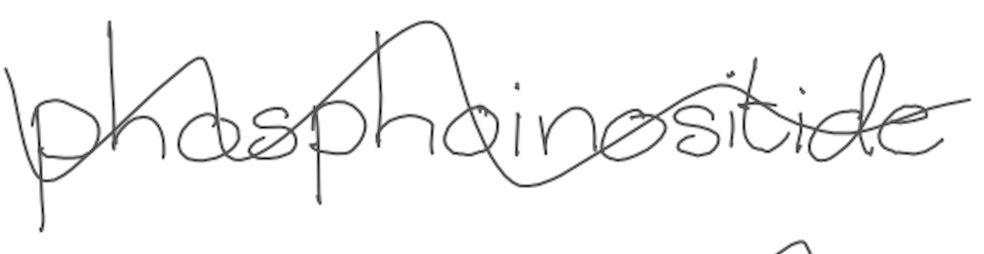
Text: phosphoinositide
Cross-out: wave
Writing tool: digital_gray